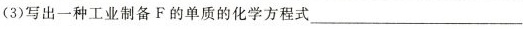
(3)写出一种工业制备F的单质的化学方程式___。